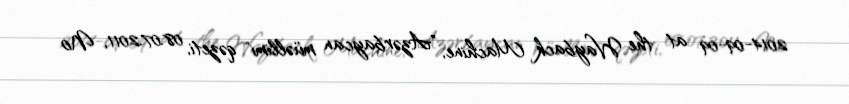
2014-09-09 at the Wayback Machine, "Azərbaycan müəllimi" qəzeti, 08.07.2011, №